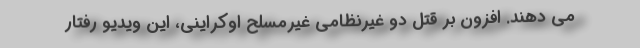
می دهند. افزون بر قتل دو غیرنظامی غیرمسلح اوکراینی، این ویدیو رفتار